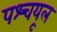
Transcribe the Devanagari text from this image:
पश्‍चयूल